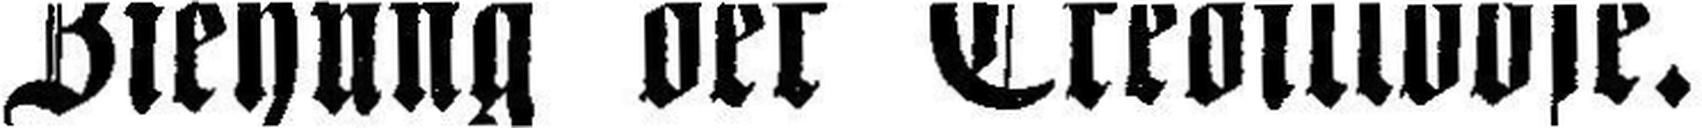
Ziehung der Creditloose.